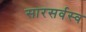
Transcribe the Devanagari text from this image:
सारसर्वस्व